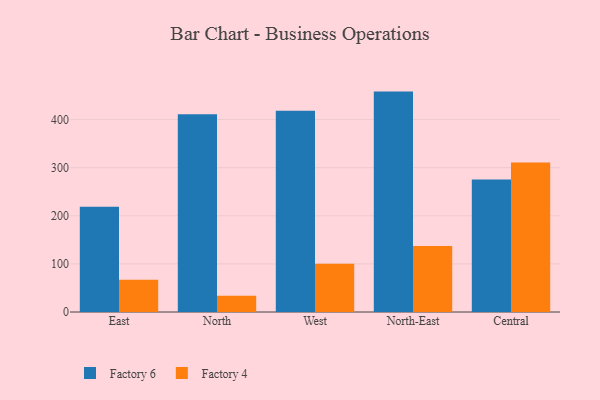
{"axis": {"x": "Region", "y": "Shipments"}, "legend": ["Factory 4", "Factory 6"], "data": [{"x": "East", "y": 219.0, "type": "Factory 6"}, {"x": "East", "y": 67.2, "type": "Factory 4"}, {"x": "North", "y": 411.2, "type": "Factory 6"}, {"x": "North", "y": 33.8, "type": "Factory 4"}, {"x": "West", "y": 418.3, "type": "Factory 6"}, {"x": "West", "y": 100.2, "type": "Factory 4"}, {"x": "North-East", "y": 458.2, "type": "Factory 6"}, {"x": "North-East", "y": 137.2, "type": "Factory 4"}, {"x": "Central", "y": 275.3, "type": "Factory 6"}, {"x": "Central", "y": 310.6, "type": "Factory 4"}]}